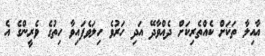
އާއިލާ ތަކަށް ކެއްތެރިކަށް ދެއްވާދޭ އަދި ހަރުވެ ހިލަވެފައިވާ ހިތުގެ ވެރީންގެ އެ